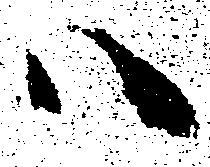
ハ